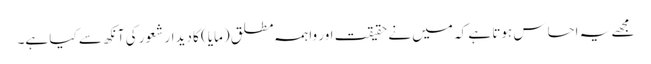
مجھے یہ احساس ہوتا ہے کہ میں نے حقیقت اور واہمہِ مطلق (مایا) کا دیدار شعور کی آنکھ سے کیا ہے۔